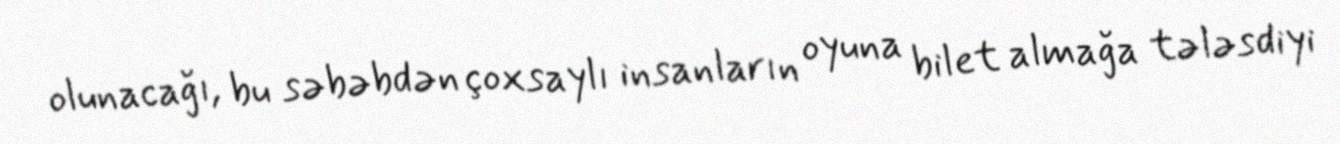
olunacağı, bu səbəbdən çoxsaylı insanların oyuna bilet almağa tələsdiyi